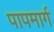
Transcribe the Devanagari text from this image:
पापमार्ग